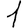
Digit: 1